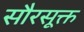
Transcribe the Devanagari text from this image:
सौरसूक्त